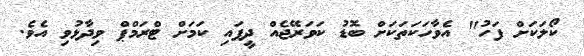
ކޯލަކަށް ފަހު" އެވާހަކަތަކަށް ބޮޑު ކަވަރޭޖެއް ދީފައި ކަމަށް ޓްރަމްޕް ވިދާޅުވި އެވެ.